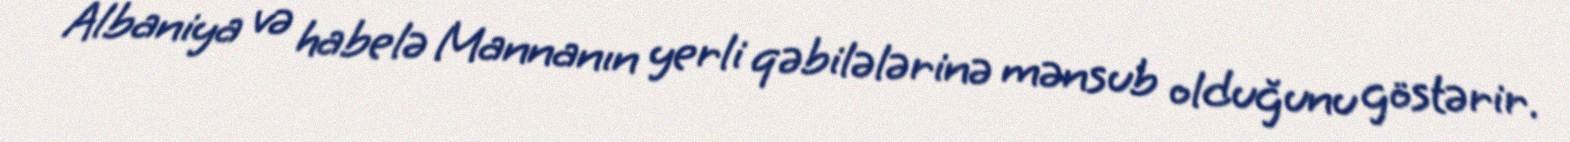
Albaniya və habelə Mannanın yerli qəbilələrinə mənsub olduğunu göstərir.